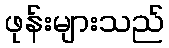
ဖုန်းများသည်